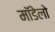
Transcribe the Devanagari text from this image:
मॉडेलो